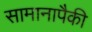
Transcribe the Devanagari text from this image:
सामानापैकी